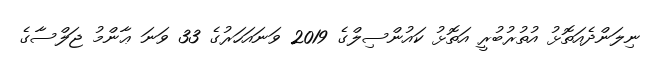
ނިލަންދެއަތޮޅު އުތުރުބުރީ އަތޮޅު ކައުންސިލްގެ 2019 ވަނައަހަރުގެ 33 ވަނަ ޢާންމު ޖަލްސާގެ